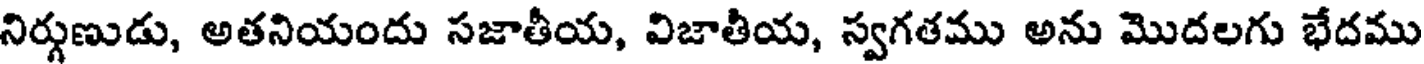
నిర్గుణుడు, అతనియందు సజాతీయ, విజాతీయ, స్వగతము అను మొదలగు భేదము